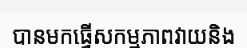
បានមកធ្វើសកម្មភាពវាយនិង